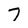
Character: 7